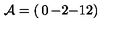
{ \cal A } = \left( \begin{matrix} { 0 } & { - 2 } \\ { - 1 } & { 2 } \\ \end{matrix} \right)